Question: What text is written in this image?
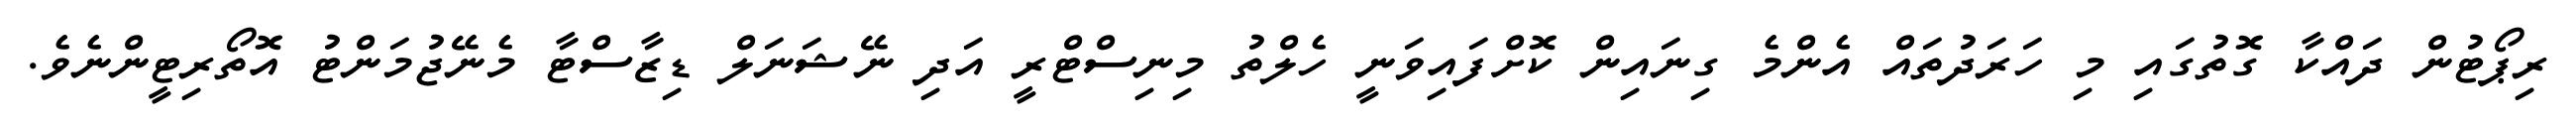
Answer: ރިޕޯޓުން ދައްކާ ގޮތުގައި މި ހަރަދުތައް އެންމެ ގިނައިން ކޮށްފައިވަނީ ހެލްތު މިނިސްޓްރީ އަދި ނޭޝަނަލް ޑިޒާސްޓާ މެނޭޖުމަންޓު އޮތޯރިޓީންނެވެ.